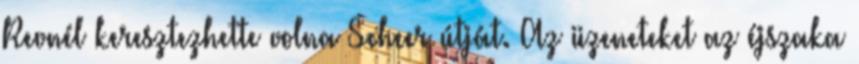
Revnél keresztezhette volna Scheer útját. Az üzeneteket az éjszaka